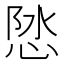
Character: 𪫽